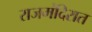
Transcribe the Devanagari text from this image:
राजमंदिरात